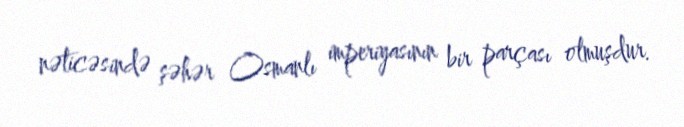
nəticəsində şəhər Osmanlı imperiyasının bir parçası olmuşdur.